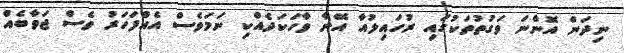
ނިދަން އޮންނަ ވަގުތުތަކުގައި ރުހައިލުއާ އޭނާ ވާހަކަދެއްކި ނަމަވެސް އެއްފަހަރު ވެސް ޖަވާބެއް